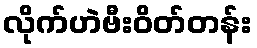
လိုက်ဟဲဗီးဝိတ်တန်း